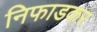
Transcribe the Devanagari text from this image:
निफाडकर